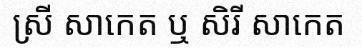
ស្រី សាកេត ឬ សិរី សាកេត